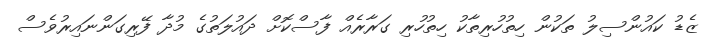
ޒެޑު ކައުންސިލު ތަކުން ހިތުހުރިތާކު ހިތުހުރި ގަރާރެއް ފާސްކޮށް ދައުލަތުގެ މުދާ ފޭރިގަންނައިރުވެސް